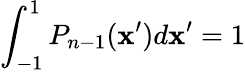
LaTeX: \int_{-1}^{1}P_{n-1}(\mathbf{x}^{\prime})d\mathbf{x}^{\prime}=1